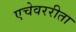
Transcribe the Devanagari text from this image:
एचेवररीता